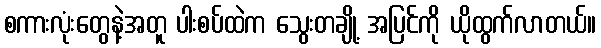
စကားလုံးတွေနဲ့အတူ ပါးစပ်ထဲက သွေးတချို့ အပြင်ကို ယိုထွက်လာတယ်။